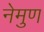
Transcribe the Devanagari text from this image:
नेमुण